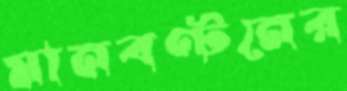
মানবণ্টনের